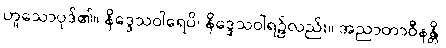
ဟူသောပုဒ်၏။ နိဒ္ဒေသဝါရေပိ၊ နိဒ္ဒေသဝါရ၌လည်း။ အညာတာဝီနန္တိ၊